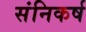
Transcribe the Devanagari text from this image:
संनिकर्ष